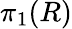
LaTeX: \pi_{1}(R)